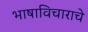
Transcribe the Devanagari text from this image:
भाषाविचाराचे